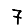
Digit: 7